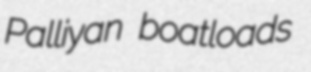
Palliyan boatloads